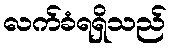
လက်ခံရရှိသည်